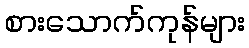
စားသောက်ကုန်များ